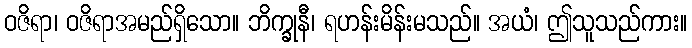
ဝဇိရာ၊ ဝဇိရာအမည်ရှိသော။ ဘိက္ခုနီ၊ ရဟန်းမိန်းမသည်။ အယံ၊ ဤသူသည်ကား။